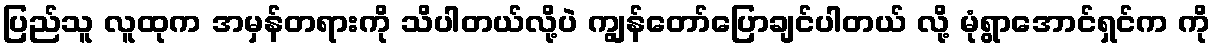
ပြည်သူ လူထုက အမှန်တရားကို သိပါတယ်လို့ပဲ ကျွန်တော်ပြောချင်ပါတယ် လို့ မုံရွာအောင်ရှင်က ကို